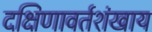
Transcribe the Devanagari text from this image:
दक्षिणावर्तशंखाय